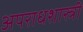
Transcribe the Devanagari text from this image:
अपराधशास्त्री